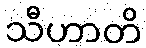
သီဟာတိ